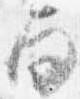
面